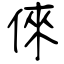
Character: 倈